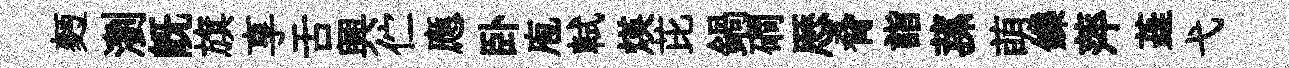
麪瀏既旗享舌興伫應卧庖軾煐芘鍋磵厯脅詣蓀萌鑠萍蕋弋